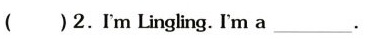
( )2.I'm Lingling. I'm a_________.